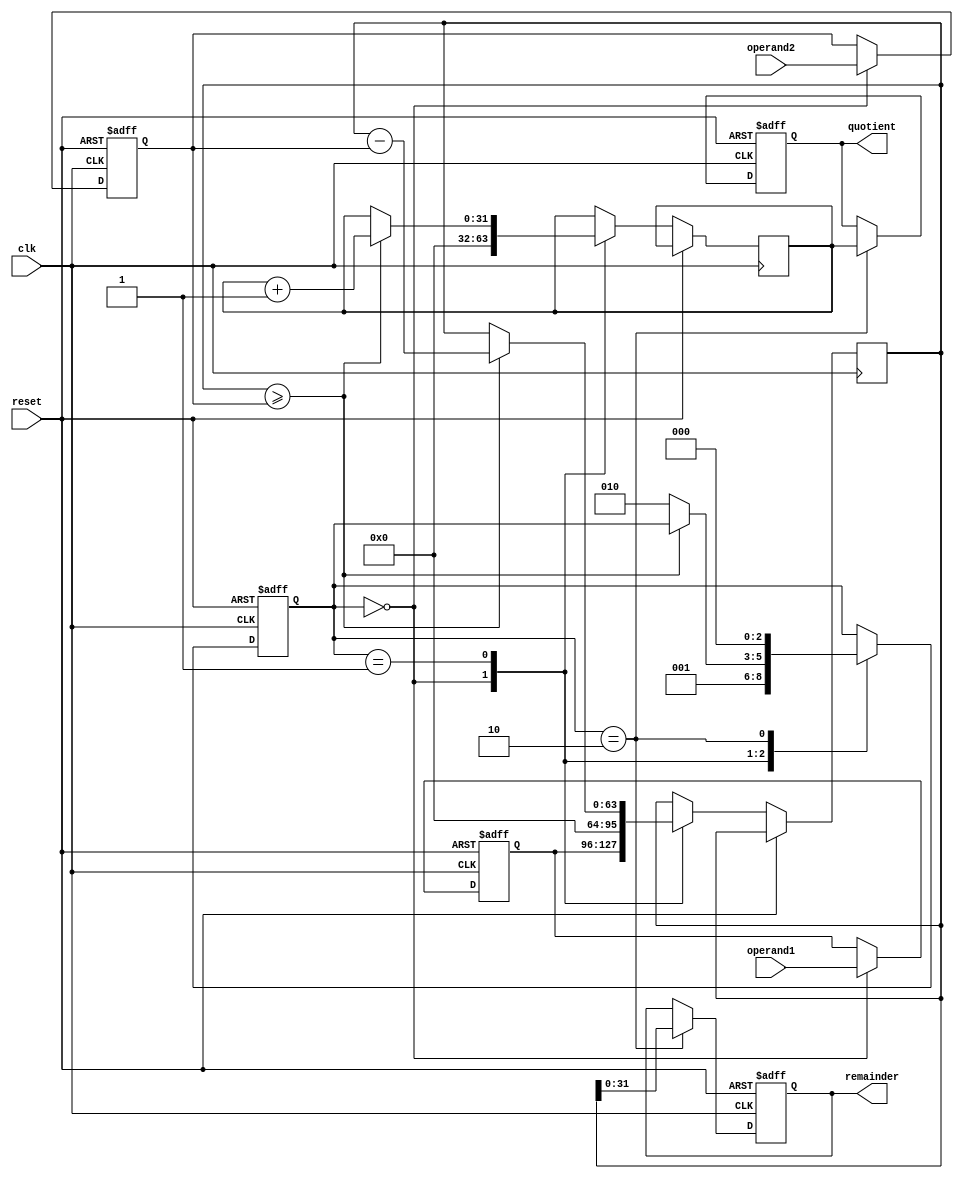
module Pipelined_Divider (
    input wire clk,
    input wire reset,
    input wire [31:0] operand1,
    input wire [31:0] operand2,
    output reg [31:0] quotient,
    output reg [31:0] remainder
);

reg [31:0] dividend;
reg [31:0] divisor;
reg [63:0] remainder_temp;
reg [31:0] quotient_temp;
reg [2:0] state;

always @ (posedge clk or posedge reset) begin
    if (reset) begin
        state <= 0;
        dividend <= 0;
        divisor <= 0;
        quotient <= 0;
        remainder <= 0;
    end else begin
        case (state)
            0: begin // Initialize
                dividend <= operand1;
                divisor <= operand2;
                remainder_temp <= {dividend, 32'b0};
                quotient_temp <= 0;
                state <= 1;
            end
            1: begin // Divide
                if (remainder_temp >= divisor) begin
                    remainder_temp <= remainder_temp - divisor;
                    quotient_temp <= quotient_temp + 1;
                end else begin
                    state <= 2;
                end
            end
            2: begin // Finalize
                quotient <= quotient_temp;
                remainder <= remainder_temp[31:0];
                state <= 0;
            end
        endcase
    end
end

endmodule